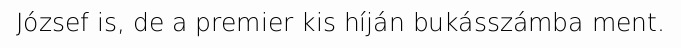
József is, de a premier kis híján bukásszámba ment.